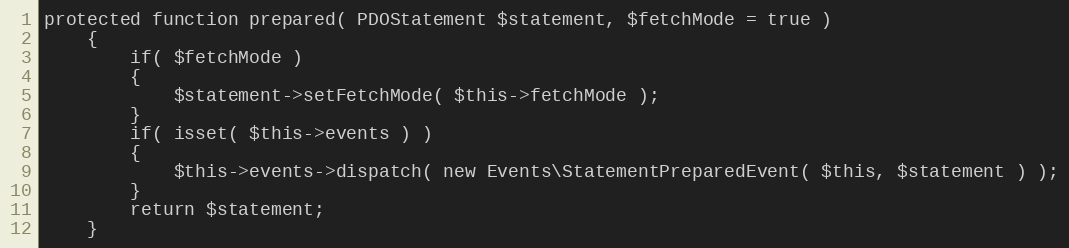
Language: PHP
protected function prepared( PDOStatement $statement, $fetchMode = true )
	{
		if( $fetchMode )
		{
			$statement->setFetchMode( $this->fetchMode );
		}
		if( isset( $this->events ) )
		{
			$this->events->dispatch( new Events\StatementPreparedEvent( $this, $statement ) );
		}
		return $statement;
	}